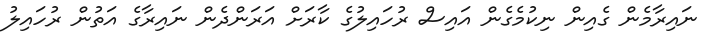
ނައިރާމެން ގެއިން ނިކުމެގެން އައިސް ރުހައިލުގެ ކާރަށް އަރަންދެން ނައިރާގެ އަތުން ރުހައިލު